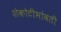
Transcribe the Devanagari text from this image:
शेकोटीभोवती